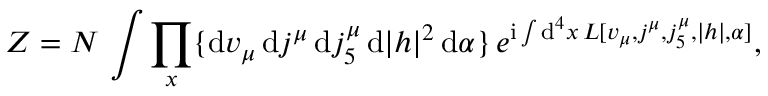
Z = { \cal N } \, \int \prod _ { x } \{ \mathrm { d } v _ { \mu } \, \mathrm { d } j ^ { \mu } \, \mathrm { d } j _ { 5 } ^ { \mu } \, \mathrm { d } | h | ^ { 2 } \, \mathrm { d } \alpha \} \, e ^ { \mathrm { i } \int \mathrm { d } ^ { 4 } x \, { \cal L } [ v _ { \mu } , j ^ { \mu } , j _ { 5 } ^ { \mu } , | h | , \alpha ] } ,